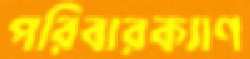
পরিবারক্যাণ